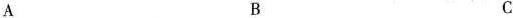
A B C